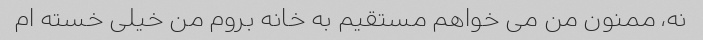
نه، ممنون من می خواهم مستقیم به خانه بروم من خیلی خسته ام